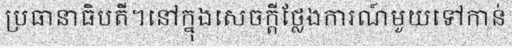
ប្រធានាធិបតី។នៅក្នុងសេចក្តីថ្លែងការណ៍មួយទៅកាន់